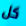
كل